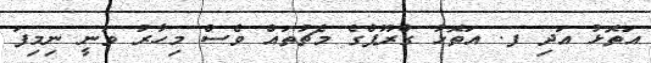
އަތޮޅު އަދި ފ. އަތޮޅު ގްރޫޕްގެ މެޗުތައް ވެސް މިހާރު ވަނީ ނިމިފަ